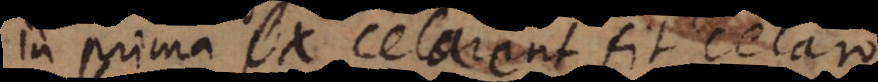
prima ex Celarent fit Celaro,